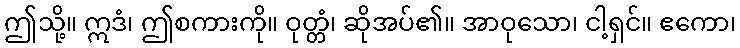
ဤသို့။ ဣဒံ၊ ဤစကားကို။ ဝုတ္တံ၊ ဆိုအပ်၏။ အာဝုသော၊ ငါ့ရှင်။ ဧကော၊